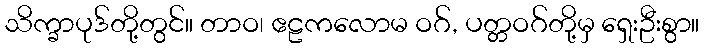
သိက္ခာပုဒ်တို့တွင်။ တာဝ၊ ဧဠကလောမ ဝဂ်, ပတ္တဝဂ်တို့မှ ရှေးဦးစွာ။